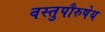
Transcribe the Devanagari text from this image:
वस्तुपौरुषेय